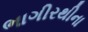
ભાગીરથીના